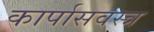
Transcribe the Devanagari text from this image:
कार्पासवस्त्र